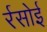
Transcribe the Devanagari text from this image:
र्रसोई